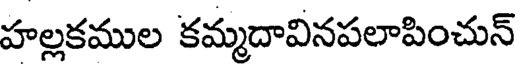
హల్లకముల కమ్మదావినపలాపించున్